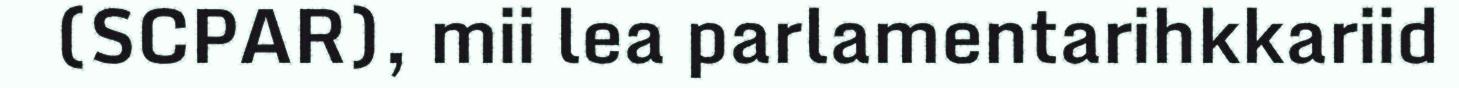
(SCPAR), mii lea parlamentarihkkariid